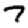
Digit: 7